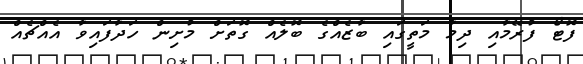
ފޮޓޯ ފުރޭމާއި ދިމާ މަތީގައި ބާޒެއްގެ ބޮލެއް ގޮތަށް މުށިން ހަދާފައިވާ އެއްޗެއް